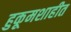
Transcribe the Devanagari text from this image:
हुकूमशाहीत